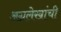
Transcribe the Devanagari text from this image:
अग्रलेखांची